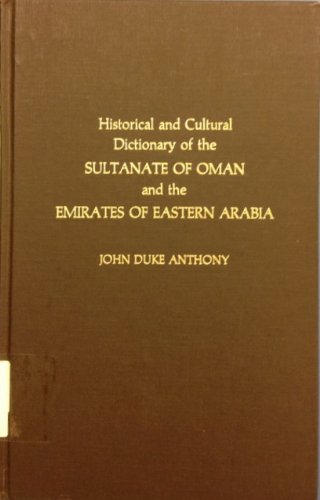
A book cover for Historical and Cultural Dictionary of the Sultanate of Oman and the Emirates of Eastern Arabia (Historical and Cultural Dictionaries of Asia, No. 9); John D. Anthony; History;